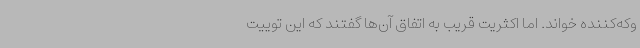
وکه‌کننده خواند. اما اکثریت قریب به اتفاق آن‌ها گفتند که این توییت